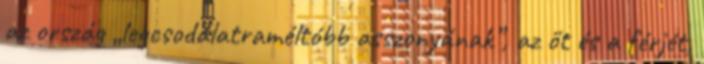
az ország „legcsodálatraméltóbb asszonyának”, az őt és a férjét,